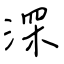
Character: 深